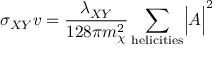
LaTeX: \sigma _ { X Y } v = { \frac { \lambda _ { X Y } } { 1 2 8 \pi m _ { \chi } ^ { 2 } } } \sum _ { \mathrm { h e l i c i t i e s } } \Bigl | { \cal A } \Bigr | ^ { 2 }